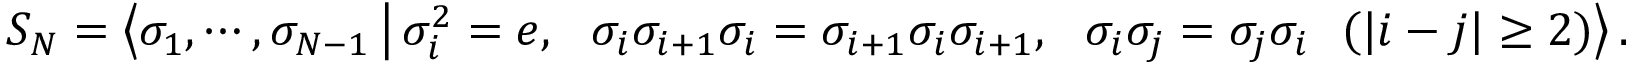
\begin{array} { r } { S _ { N } = \left\langle \sigma _ { 1 } , \cdots , \sigma _ { N - 1 } \, \middle \vert \, \sigma _ { i } ^ { 2 } = e , ~ ~ \sigma _ { i } \sigma _ { i + 1 } \sigma _ { i } = \sigma _ { i + 1 } \sigma _ { i } \sigma _ { i + 1 } , ~ ~ \sigma _ { i } \sigma _ { j } = \sigma _ { j } \sigma _ { i } ~ ~ ( | i - j | \geq 2 ) \right\rangle . } \end{array}